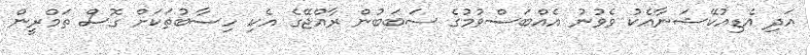
އަދި އެޑިއުކޭޝަނާއެކު ވެވުނު އެއްބަސްވުމުގެ ސަބަބުން ރާއްޖޭގެ އެކި ހިސާބުތަކަށް ގޮސް ތަމްރީން